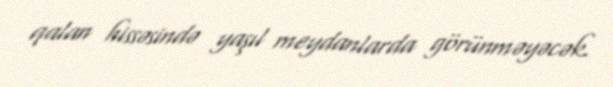
qalan hissəsində yaşıl meydanlarda görünməyəcək.